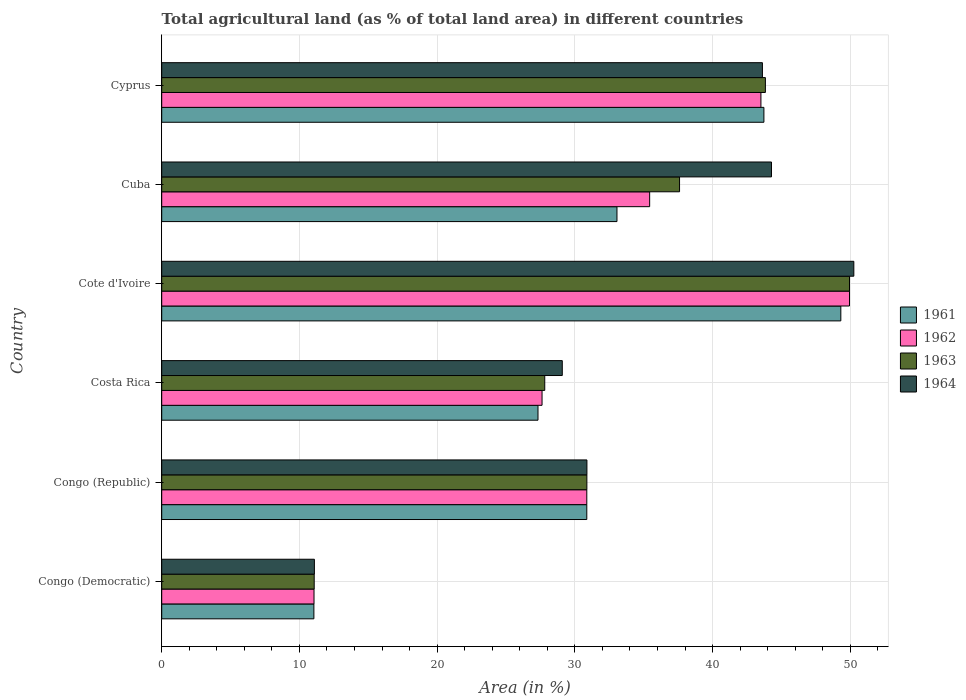
| Country | 1961 | 1962 | 1963 | 1964 |
 | --- | --- | --- | --- | --- |
 | Congo (Democratic) | 11 | 11.1 | 11.1 | 11.1 |
 | Congo (Republic) | 30.9 | 30.9 | 30.9 | 30.9 |
 | Costa Rica | 27.3 | 27.6 | 27.8 | 29.1 |
 | Cote d'Ivoire | 49.3 | 49.9 | 49.9 | 50.3 |
 | Cuba | 33.1 | 35.4 | 37.6 | 44.3 |
 | Cyprus | 43.7 | 43.5 | 43.8 | 43.6 |